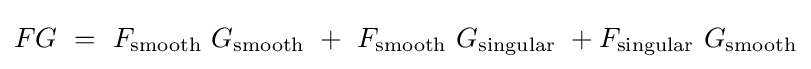
FG~=~F_{\rm {smooth}}~G_{\rm {smooth}}~+~F_{\rm {smooth}}~G_{\rm {singular}}~+F_{\rm {singular}}~G_{\rm {smooth}}